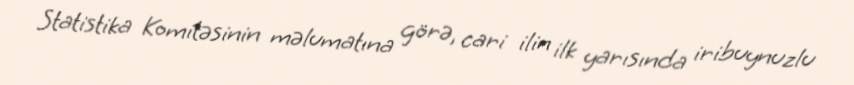
Statistika Komitəsinin məlumatına görə, cari ilin ilk yarısında iribuynuzlu